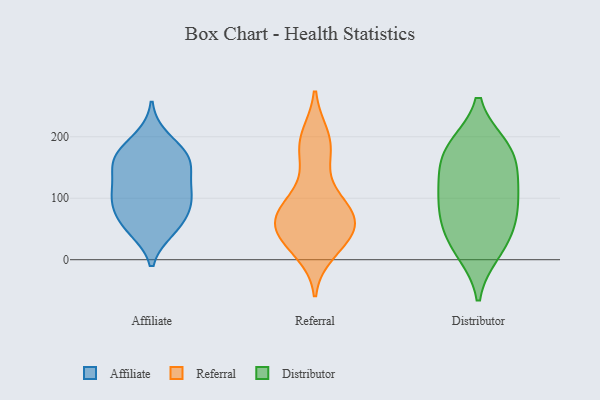
{"axis": {"x": "Production Output", "y": "Value"}, "legend": ["Affiliate", "Distributor", "Referral"], "data": [{"x": "", "y": 111, "type": "Affiliate"}, {"x": "", "y": 101, "type": "Affiliate"}, {"x": "", "y": 107, "type": "Affiliate"}, {"x": "", "y": 157, "type": "Affiliate"}, {"x": "", "y": 49, "type": "Affiliate"}, {"x": "", "y": 198, "type": "Affiliate"}, {"x": "", "y": 87, "type": "Affiliate"}, {"x": "", "y": 163, "type": "Affiliate"}, {"x": "", "y": 52, "type": "Affiliate"}, {"x": "", "y": 171, "type": "Affiliate"}, {"x": "", "y": 58, "type": "Affiliate"}, {"x": "", "y": 83, "type": "Affiliate"}, {"x": "", "y": 127, "type": "Affiliate"}, {"x": "", "y": 171, "type": "Affiliate"}, {"x": "", "y": 154, "type": "Affiliate"}, {"x": "", "y": 47, "type": "Referral"}, {"x": "", "y": 200, "type": "Referral"}, {"x": "", "y": 118, "type": "Referral"}, {"x": "", "y": 198, "type": "Referral"}, {"x": "", "y": 33, "type": "Referral"}, {"x": "", "y": 86, "type": "Referral"}, {"x": "", "y": 66, "type": "Referral"}, {"x": "", "y": 175, "type": "Referral"}, {"x": "", "y": 14, "type": "Referral"}, {"x": "", "y": 79, "type": "Referral"}, {"x": "", "y": 31, "type": "Referral"}, {"x": "", "y": 77, "type": "Referral"}, {"x": "", "y": 78, "type": "Referral"}, {"x": "", "y": 57, "type": "Referral"}, {"x": "", "y": 177, "type": "Referral"}, {"x": "", "y": 62, "type": "Referral"}, {"x": "", "y": 32, "type": "Referral"}, {"x": "", "y": 119, "type": "Distributor"}, {"x": "", "y": 141, "type": "Distributor"}, {"x": "", "y": 59, "type": "Distributor"}, {"x": "", "y": 69, "type": "Distributor"}, {"x": "", "y": 185, "type": "Distributor"}, {"x": "", "y": 16, "type": "Distributor"}, {"x": "", "y": 102, "type": "Distributor"}, {"x": "", "y": 183, "type": "Distributor"}, {"x": "", "y": 12, "type": "Distributor"}, {"x": "", "y": 154, "type": "Distributor"}, {"x": "", "y": 50, "type": "Distributor"}, {"x": "", "y": 184, "type": "Distributor"}, {"x": "", "y": 99, "type": "Distributor"}]}